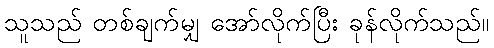
သူသည် တစ်ချက်မျှ အော်လိုက်ပြီး ခုန်လိုက်သည်။